Treatise on elephants
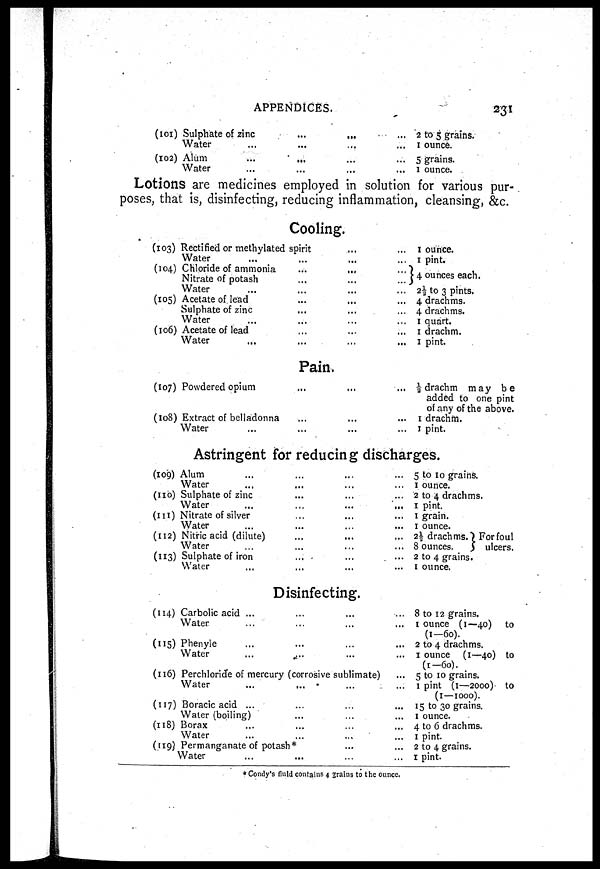
APPENDICES.
231
(101)
(102)
Sulphate of zinc ... ... ... ...
Water
...
... ... ...
Alum ... ... ... ...
Water
...
... ... ...
2 to 5 grains.
1 ounce.
5 grains.
1 ounce.
Lotions are medicines employed in solution for various pur
poses, that is, disinfecting, reducing inflammation, cleansing, &c.
Cooling.
(103)
(104)
(105)
(106)
Rectified or methylated spirit ... ...
Water
...
...
...
...
Chloride of ammonia ... ... ... ...
Nitrate of potash ... ... ... ......
Water
...
...
...
...
Acetate of lead
...
...
...
...
Sulphate of zinc
...
...
...
...
Water ... ... ... ...
Acetate of lead ... ... ... ...
Water
...
...
...
...
1 ounce.
1 pint.
4 ounces each.
2⅓ to 3 pints.
4 drachms.
4 drachms.
1 quart.
1 drachm.
1 pint.
Pain.
(107)
(108)
Powdered opium ... ... ...
Extract of belladonna ... ... ...
Water ... ... ...
½ drachm may be
added to one pint
of any of the above.
1 drachm.
1 pint.
Astringent for reducing discharges.
(109)
(110)
(111)
(112)
(113)
Alum
Water
Sulphate of zinc
Water
Nitrate of silver
Water
Nitric acid (dilute)
Water
Sulphate of iron
Water
...
...
...
...
...
...
...
...
...
...
...
...
...
...
...
...
...
...
...
...
...
...
...
...
...
...
...
...
...
...
5 to I0 grains.
1 ounce.
2 to 4 drachms.
1 pint.
1 grain.
1 ounce.
2½ drachms. } For foul
8 ounces. } ulcers.
2 to 4 grains.
1 ounce.
Disinfecting.
(114)
("5)
(116)
(117)
(118)
(119)
Carbolic acid ...
Water ... ...
Phenyle ... ... ...
Water.. .... ...
...
...
Perchloride of mercury (corrosive sublimate)
Water
Boracic acid ...
Water (boiling)
Borax
Water
Permanganate of potash*
Water
...
...
...
...
...
...
...
... 8 to 12 grains.
... 1 ounce (1—40) to
(1-60).
... 2 to 4 drachms.
... 1 ounce (1—40) to
(1-60).
... 5 to 10 grains.
... 1 pint (1—2000)
to
(1—1000).
... 15 to 30 grains.
... 1 ounce.
... 4 to 6 drachms.
... 1 pint.
... 2 to 4 grains.
... 1 pint.
* Condy's fluid contains 4 grains to the ounce.